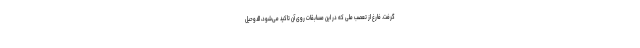
گرفت. فارغ از تعصب ملی که در این مسابقات روی آن تاکید می‌شود، الدوحیل